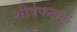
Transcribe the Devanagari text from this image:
शीर्षफलक